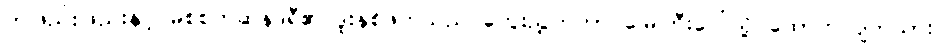
တဖြည်းဖြည်းနှင့် မစ်စက်ဆန်ဒရီ၏ ဒူးနှစ်ဖက်သည် ကွေးညွှတ်ကာ မြေကြီးပေါ်သို့ ထောက်လျက်သား